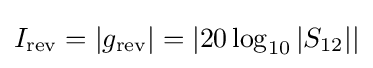
I_{\mathrm {rev} }=\left|g_{\mathrm {rev} }\right|=\left|20\log _{10}\left|S_{12}\right|\right|